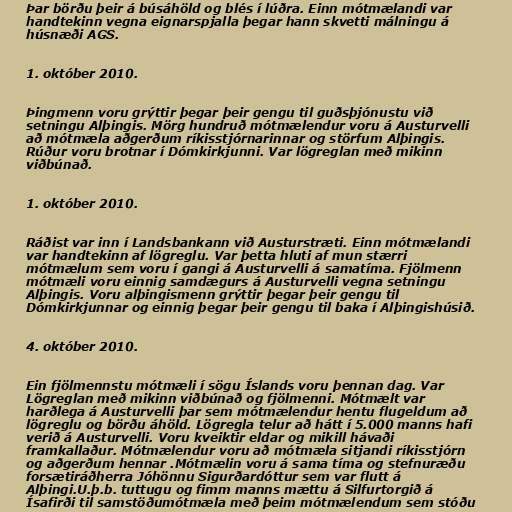
Þar börðu þeir á búsáhöld og blés í lúðra. Einn mótmælandi var
handtekinn vegna eignarspjalla þegar hann skvetti málningu á
húsnæði AGS.

1. október 2010.

Þingmenn voru grýttir þegar þeir gengu til guðsþjónustu við
setningu Alþingis. Mörg hundruð mótmælendur voru á Austurvelli
að mótmæla aðgerðum ríkisstjórnarinnar og störfum Alþingis.
Rúður voru brotnar í Dómkirkjunni. Var lögreglan með mikinn
viðbúnað.

1. október 2010.

Ráðist var inn í Landsbankann við Austurstræti. Einn mótmælandi
var handtekinn af lögreglu. Var þetta hluti af mun stærri
mótmælum sem voru í gangi á Austurvelli á samatíma. Fjölmenn
mótmæli voru einnig samdægurs á Austurvelli vegna setningu
Alþingis. Voru alþingismenn grýttir þegar þeir gengu til
Dómkirkjunnar og einnig þegar þeir gengu til baka í Alþingishúsið.

4. október 2010.

Ein fjölmennstu mótmæli í sögu Íslands voru þennan dag. Var
Lögreglan með mikinn viðbúnað og fjölmenni. Mótmælt var
harðlega á Austurvelli þar sem mótmælendur hentu flugeldum að
lögreglu og börðu áhöld. Lögregla telur að hátt í 5.000 manns hafi
verið á Austurvelli. Voru kveiktir eldar og mikill hávaði
framkallaður. Mótmælendur voru að mótmæla sitjandi ríkisstjórn
og aðgerðum hennar .Mótmælin voru á sama tíma og stefnuræðu
forsætiráðherra Jóhönnu Sigurðardóttur sem var flutt á
Alþingi.U.þ.b. tuttugu og fimm manns mættu á Silfurtorgið á
Ísafirði til samstöðumótmæla með þeim mótmælendum sem stóðu